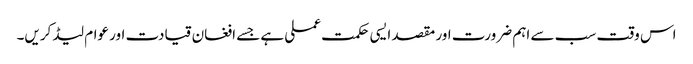
اس وقت سب سے اہم ضرورت اور مقصد ایسی حکمت عملی ہے جسے افغان قیادت اور عوام لیڈ کریں۔